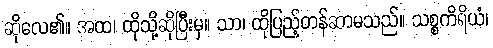
ဆိုလေ၏။ အထ၊ ထိုသို့ဆိုပြီးမှ။ သာ၊ ထိုပြည့်တန်ဆာမသည်။ သစ္စကိရိယံ၊